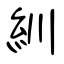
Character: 紃